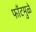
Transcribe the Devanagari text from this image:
फाँटमुळे